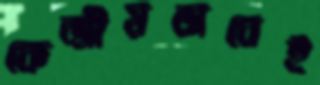
কেন্দ্রীয়ভাবেই